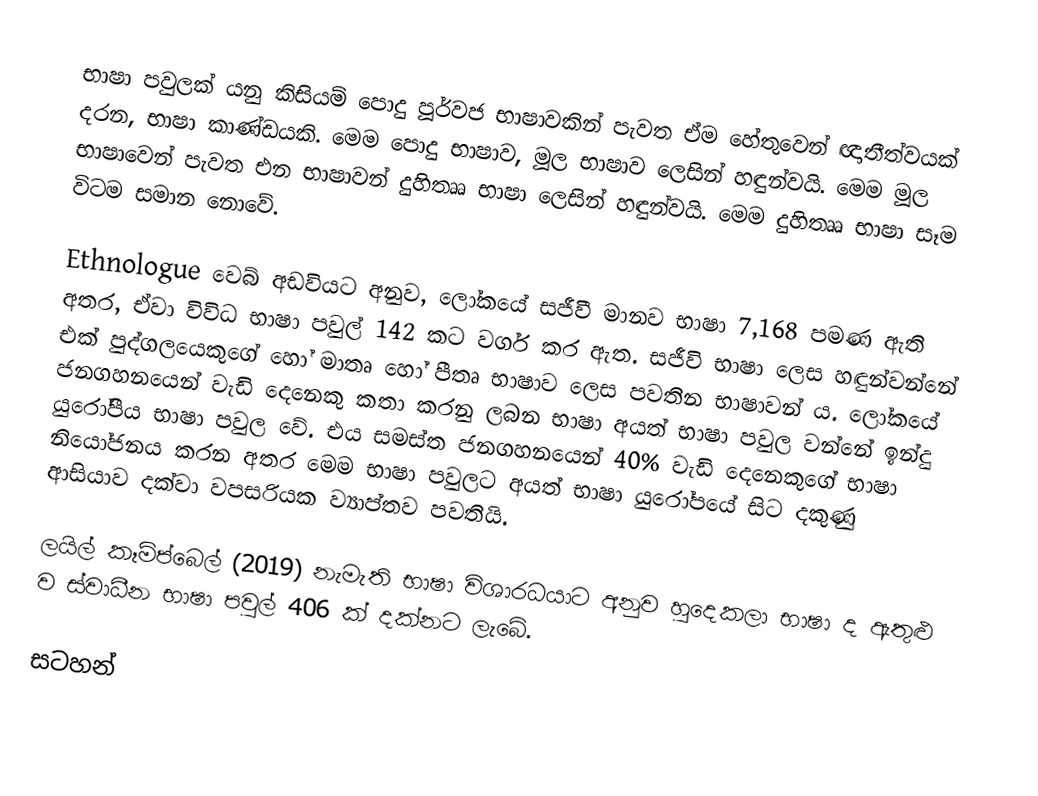
භාෂා පවුලක් යනු කිසියම් පොදු පූර්වජ භාෂාවකින් පැවත ඒම හේතුවෙන් ඥාතීත්වයක් දරන, භාෂා කාණ්ඩයකි. මෙම පොදු භාෂාව, මූල භාෂාව ලෙසින් හඳුන්වයි. මෙම මූල භාෂාවෙන් පැවත එන භාෂාවන් දුහිතෲ භාෂා ලෙසින් හඳුන්වයි. මෙම දුහිතෲ භාෂා සෑම විටම සමාන නොවේ.

Ethnologue වෙබ් අඩවියට අනුව, ලෝකයේ සජීවී මානව භාෂා 7,168 පමණ ඇති අතර, ඒවා විවිධ භාෂා පවුල් 142 කට වර්ග කර ඇත. සජීවි භාෂා ලෙස හඳුන්වන්නේ එක් පුද්ගලයෙකුගේ හෝ මාතෘ හෝ පීතෘ භාෂාව ලෙස පවතින භාෂාවන් ය. ලෝකයේ ජනගහනයෙන් වැඩි දෙනෙකු කතා කරනු ලබන භාෂා අයත් භාෂා පවුල වන්නේ ඉන්දු යුරෝපීය භාෂා පවුල වේ. එය සමස්ත ජනගහනයෙන් 40% වැඩි දෙනෙකුගේ භාෂා නියෝජනය කරන අතර මෙම භාෂා පවුලට අයත් භාෂා යුරෝපයේ සිට දකුණු ආසියාව දක්වා වපසරියක ව්‍යාප්තව පවතියි.

ලයිල් කෑම්ප්බෙල් (2019) නැමැති භාෂා විශාරධයාට අනුව හුදෙකලා භාෂා ද ඇතුළු ව ස්වාධීන භාෂා පවුල් 406 ක් දක්නට ලැබේ.

සටහන්